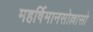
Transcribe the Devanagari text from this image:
महर्षिमानसोल्लासो